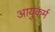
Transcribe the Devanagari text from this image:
आयुकर्म